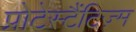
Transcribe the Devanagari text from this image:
प्रोटेस्टैंटिज़्म